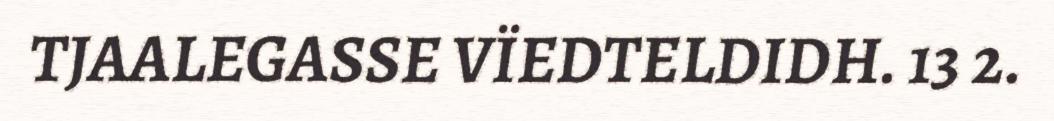
TJAALEGASSE VÏEDTELDIDH. 13 2.